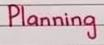
Planning